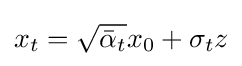
x_{t}={\sqrt {{\bar {\alpha }}_{t}}}x_{0}+\sigma _{t}z